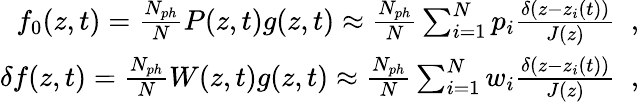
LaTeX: \begin{array}{r}{f_{0}(z,t)=\frac{N_{ph}}{N}P(z,t)g(z,t)\approx\frac{N_{ph}}{N}\sum_{i=1}^{N}p_{i}\frac{\delta(z-z_{i}(t))}{J(z)}\; \; ,}\\ {\delta f(z,t)=\frac{N_{ph}}{N}W(z,t)g(z,t)\approx\frac{N_{ph}}{N}\sum_{i=1}^{N}w_{i}\frac{\delta(z-z_{i}(t))}{J(z)}\; \; ,}\end{array}